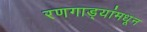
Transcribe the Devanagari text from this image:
रणगाड्यांमधून